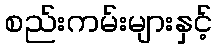
စည်းကမ်းများနှင့်